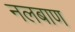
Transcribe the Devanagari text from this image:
नलबाण